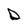
Character: D